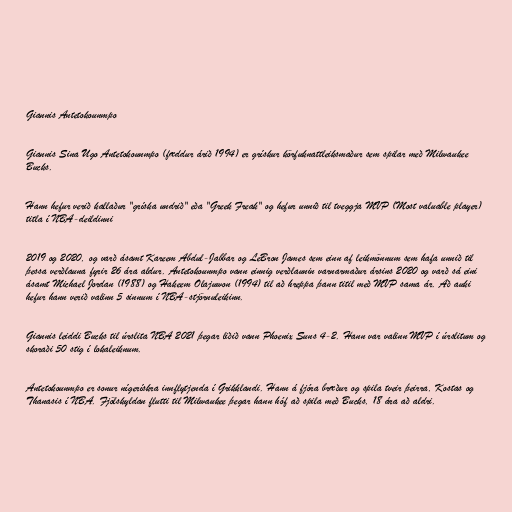
Giannis Antetokounmpo

Giannis Sina Ugo Antetokounmpo (fæddur árið 1994) er grískur körfuknattleiksmaður sem spilar með Milwaukee
Bucks.

Hann hefur verið kallaður "gríska undrið" eða "Greek Freak" og hefur unnið til tveggja MVP (Most valuable player)
titla í NBA-deildinni

2019 og 2020, og varð ásamt Kareem Abdul-Jabbar og LeBron James sem einn af leikmönnum sem hafa unnið til
þessa verðlauna fyrir 26 ára aldur. Antetokounmpo vann einnig verðlaunin varnarmaður ársins 2020 og varð sá eini
ásamt Michael Jordan (1988) og Hakeem Olajuwon (1994) til að hreppa þann titil með MVP sama ár. Að auki
hefur hann verið valinn 5 sinnum í NBA-stjörnuleikinn.

Giannis leiddi Bucks til úrslita NBA 2021 þegar liðið vann Phoenix Suns 4-2. Hann var valinn MVP í úrslitum og
skoraði 50 stig í lokaleiknum.

Antetokounmpo er sonur nígerískra innflytjenda í Grikklandi. Hann á fjóra bræður og spila tveir þeirra, Kostas og
Thanasis í NBA. Fjölskyldan flutti til Milwaukee þegar hann hóf að spila með Bucks, 18 ára að aldri.